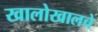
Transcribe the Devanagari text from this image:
खालोखालचे